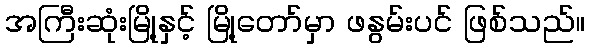
အကြီးဆုံးမြို့နှင့် မြို့တော်မှာ ဖနွမ်းပင် ဖြစ်သည်။